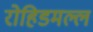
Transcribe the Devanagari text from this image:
रोहिडमल्ल